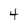
Character: 4